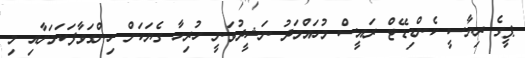
ޕީގެ ރިޔާސީ ކެންޑިޑޭޓްް ރައީސް މުހައްމަދު ނަޝީދުވަނީ ހުރިހާ ގެޔަކަށް ހިންގަވާފަކަމަށާއި މި